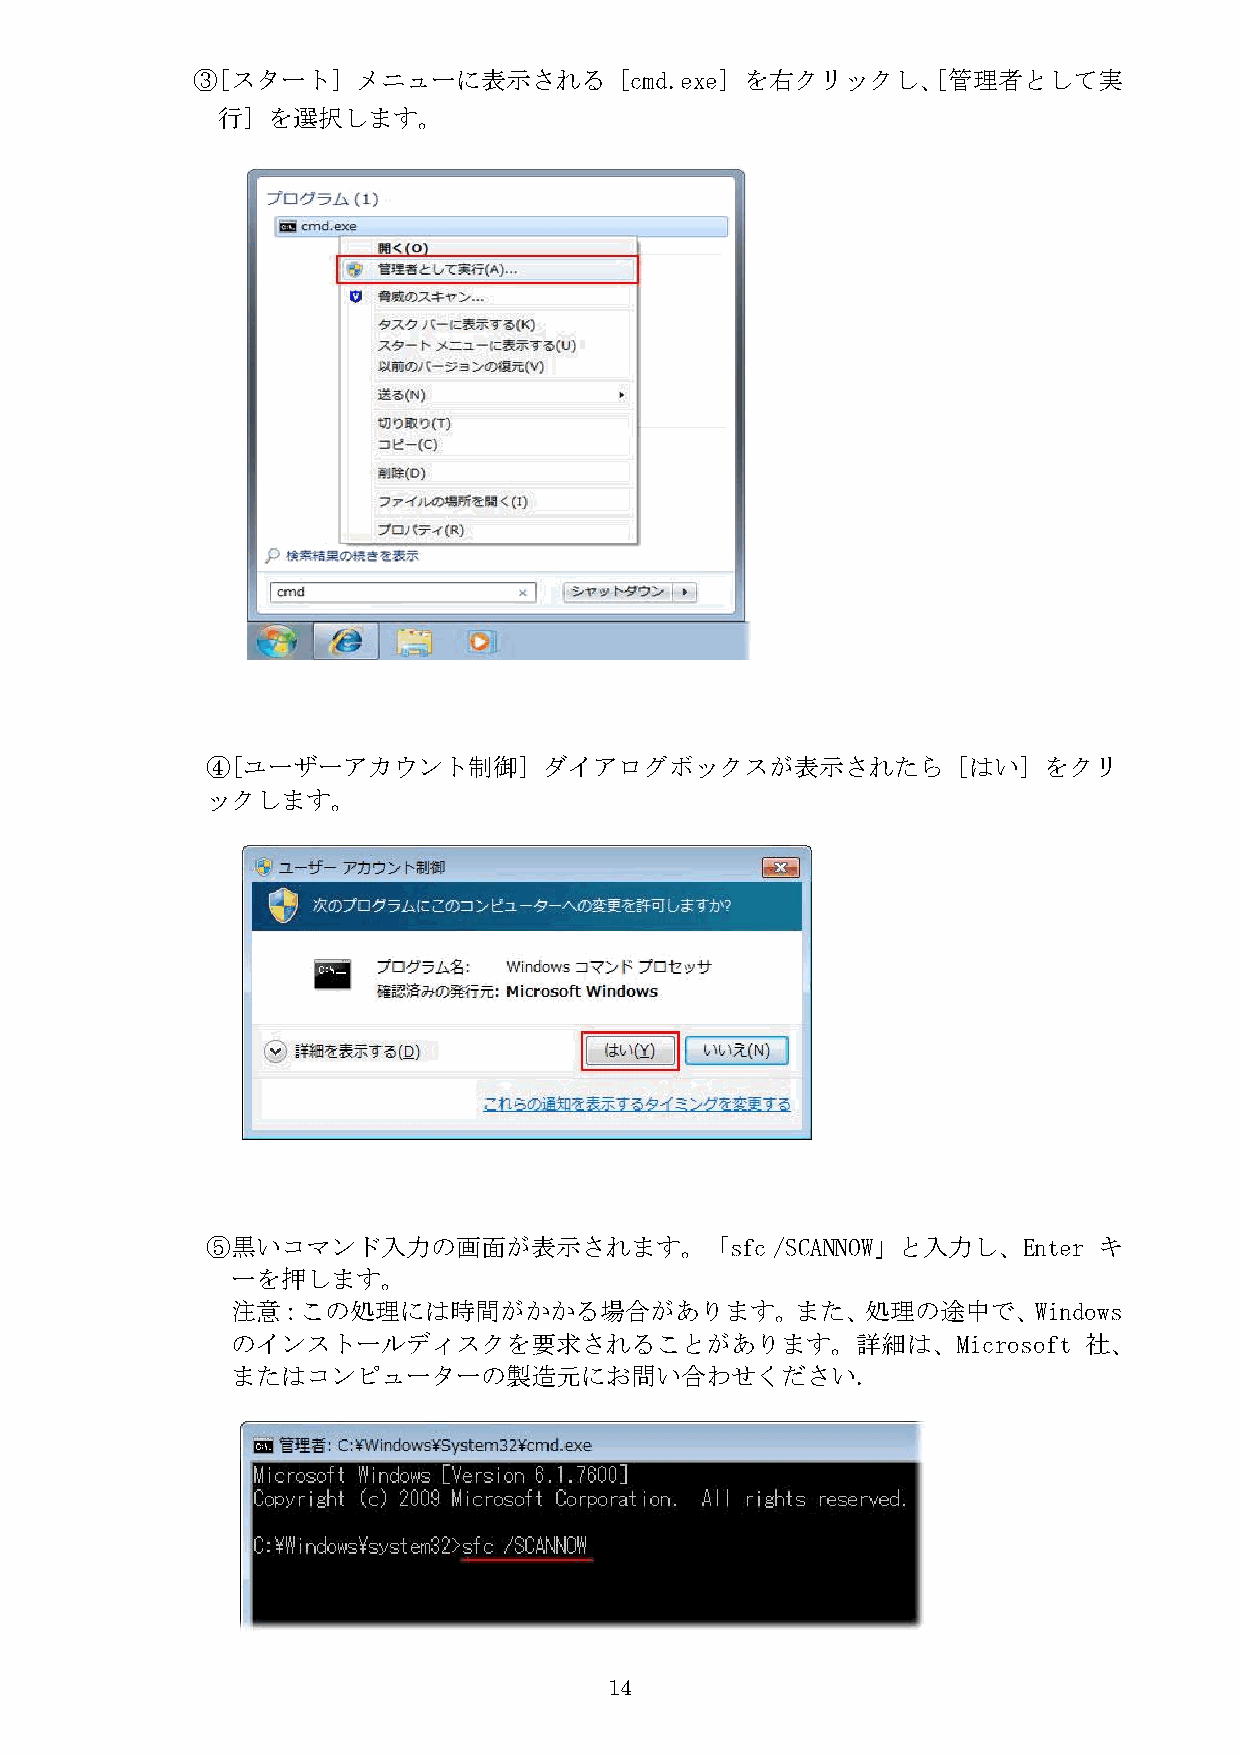
③[スタート]    メニューに表示される       [cmd.exe] を右クリックし、[管理者として実
 行]  を選択します。
 ④[ユーザーアカウント制御]        ダイアログボックスが表示されたら           [はい]  をクリ
 ックします。
 ⑤黒いコマンド入力の画面が表示されます。「sfc             /SCANNOW」と入力し、Enter   キ
 ーを押します。
 注意：この処理には時間がかかる場合があります。また、処理の途中で、Windows
 のインストールディスクを要求されることがあります。詳細は、Microsoft                   社、
 またはコンピューターの製造元にお問い合わせください.
 14